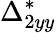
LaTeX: \Delta_{2yy}^{*}